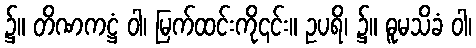
၌။ တိဏကဋ္ဌံ ဝါ၊ မြက်ထင်းကို၎င်း။ ဥပရိ၊ ၌။ ဓူမသိခံ ဝါ၊